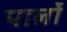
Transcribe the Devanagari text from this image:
पार्लो